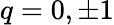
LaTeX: q=0,\pm 1